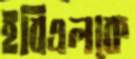
ইবিএলকে